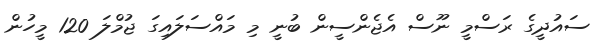
ސައުދީގެ ރަސްމީ ނޫސް އެޖެންސީން ބުނީ މި މައްސަލައިގަ ޖުމްލަ 120 މީހުން